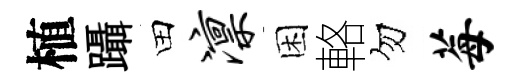
植躡田凛困輅勿莓